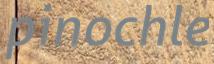
pinochle